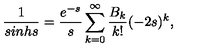
\frac { 1 } { s i n h s } = \frac { e ^ { - s } } { s } \sum _ { k = 0 } ^ { \infty } \frac { B _ { k } } { k ! } ( - 2 s ) ^ { k } ,